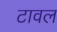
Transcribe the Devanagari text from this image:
टावल